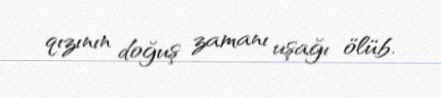
qızının doğuş zamanı uşağı ölüb.